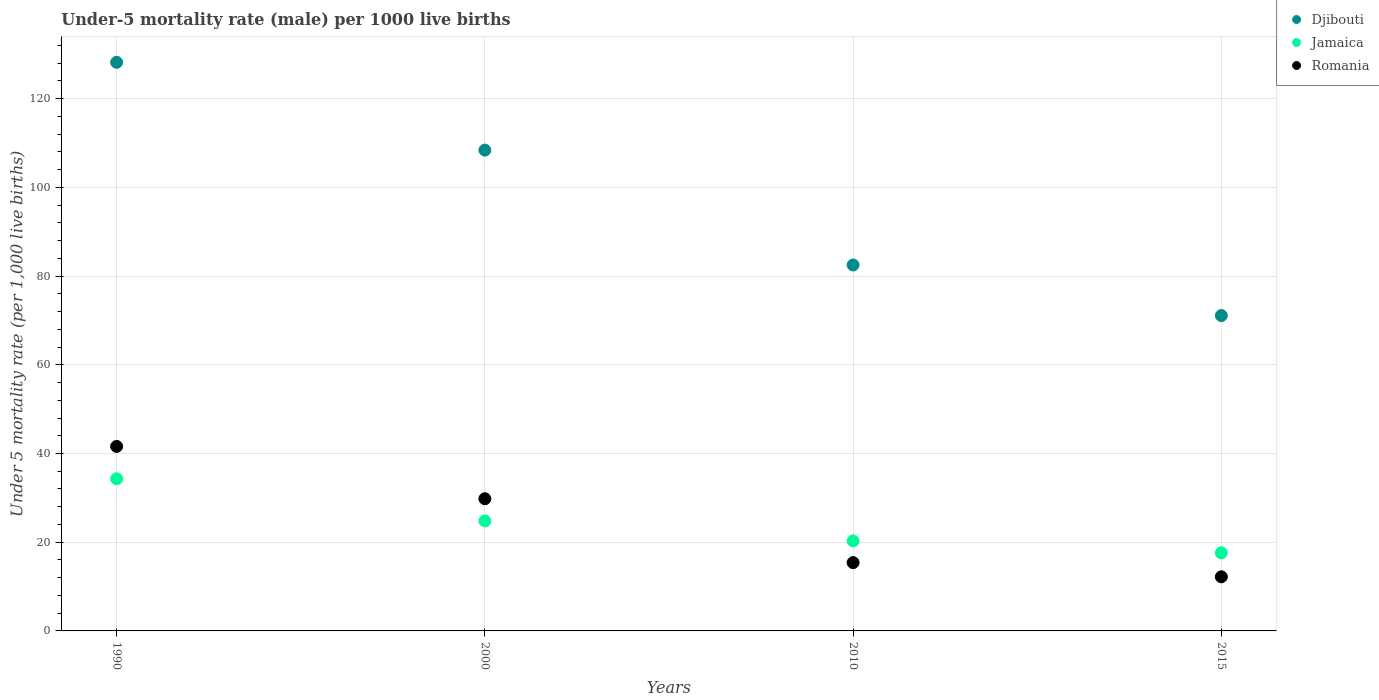
| Years | Djibouti | Jamaica | Romania |
 | --- | --- | --- | --- |
 | 1990 | 128 | 34.3 | 41.6 |
 | 2000 | 108 | 24.8 | 29.8 |
 | 2010 | 82.5 | 20.3 | 15.4 |
 | 2015 | 71.1 | 17.6 | 12.2 |